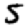
Digit: 5